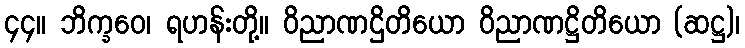
၄၄။ ဘိက္ခဝေ၊ ရဟန်းတို့။ ဝိညာဏဌိတိယော ဝိညာဏဋ္ဌိတိယော (ဆဋ္ဌ)၊